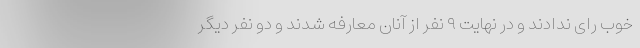
خوب رای ندادند و در نهایت ۹ نفر از آنان معارفه شدند و دو نفر دیگر